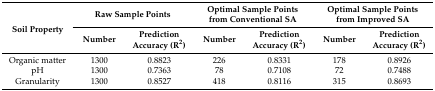
<table><thead><tr><td rowspan="2"><b>Soil Property</b></td><td colspan="2"><b>Raw Sample Points</b></td><td colspan="2"><b>Optimal Sample Points from Conventional SA</b></td><td colspan="2"><b>Optimal Sample Points from Improved SA</b></td></tr><tr><td><b>Number</b></td><td><b>Prediction Accuracy (R<sup>2</sup>)</b></td><td><b>Number</b></td><td><b>Prediction Accuracy (R<sup>2</sup>)</b></td><td><b>Number</b></td><td><b>Prediction Accuracy (R<sup>2</sup>)</b></td></tr></thead><tbody><tr><td>Organic matter</td><td>1300</td><td>0.8823</td><td>226</td><td>0.8331</td><td>178</td><td>0.8926</td></tr><tr><td>pH</td><td>1300</td><td>0.7363</td><td>78</td><td>0.7108</td><td>72</td><td>0.7488</td></tr><tr><td>Granularity</td><td>1300</td><td>0.8527</td><td>418</td><td>0.8116</td><td>315</td><td>0.8693</td></tr></tbody></table>